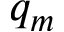
q _ { m }